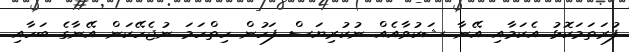
ފުރަތަމަކޮޅު އެކަމާއި އޭނާ ޝަކުވާއެއް ނުކުރިޔަސް ފަހުން ހިތްހަމަ ނުޖެހޭކަން އޭނާގެ ބަހާއި